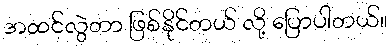
အထင်လွဲတာ ဖြစ်နိုင်တယ် လို့ ပြောပါတယ်။